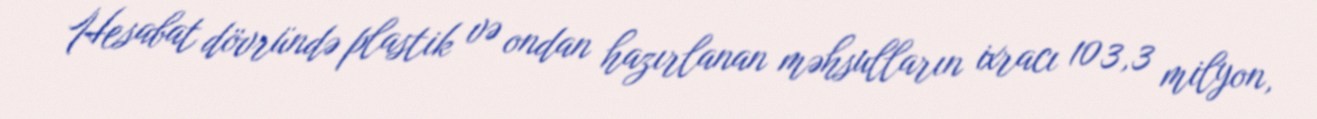
Hesabat dövründə plastik və ondan hazırlanan məhsulların ixracı 103,3 milyon,